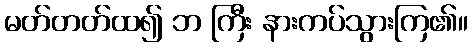
မတ်တတ်ထ၍ ဘ ကြီး နားကပ်သွားကြ၏။